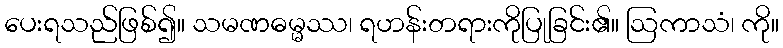
ပေးရသည်ဖြစ်၍။ သမဏဓမ္မဿ၊ ရဟန်းတရားကိုပြုခြင်း၏။ ဩကာသံ၊ ကို။